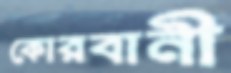
কোরবানী